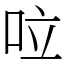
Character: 㕸